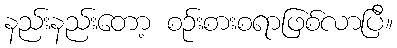
နည်းနည်းတော့ စဉ်းစားစရာဖြစ်လာပြီ။